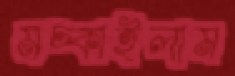
মচ্‌কাইলাম